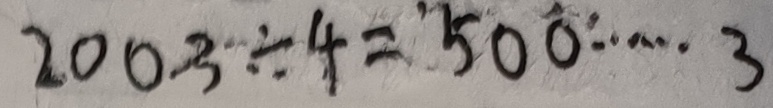
2 0 0 - 3 \div 4 = 5 0 0 \cdots 3